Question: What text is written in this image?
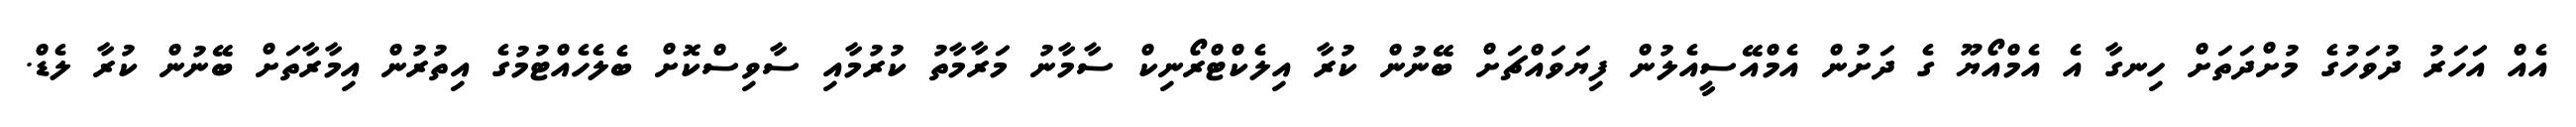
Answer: އެއް އަަހަރު ދުވަހުގެ މުށްދަތަށް ހިނގާ އެ އެމްއޯޔޫ ގެ ދަށުން އެމްއޭސީއެލުން ފިޔަވައްޗަށް ބޭނުން ކުރާ އިލެކްޓްރޯނިކް ސާމާނު މަރާމާތު ކުރުމާއި ސާވިސްކޮށް ބެލެހެއްޓުމުގެ އިތުރުން އިމާރާތަށް ބޭނުން ކުރާ ލެޑް.